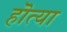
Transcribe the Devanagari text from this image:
हॊत्या